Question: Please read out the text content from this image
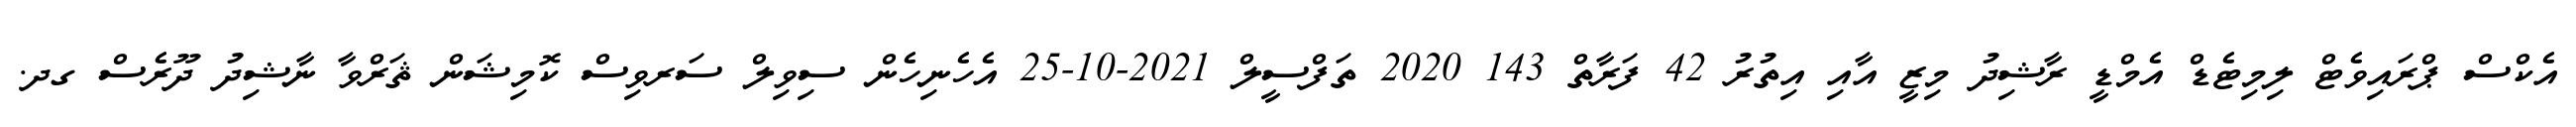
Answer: އެކްސް ޕްރައިވެޓް ލިމިޓެޑް އެމްޑީ ރާޝިދު މިޒީ އާއި އިތުރު 42 ފަރާތް 143 2020 ތަފްސީލް 2021-10-25 އެހެނިހެން ސިވިލް ސަރވިސް ކޮމިޝަން ޘަރްވާ ނާޝިދު ދޫރެސް ގދ.